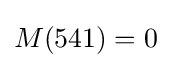
M(541)=0